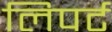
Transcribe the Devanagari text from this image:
लिपर्ट